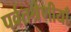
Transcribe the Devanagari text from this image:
पर्वतश्रेणीयाँ